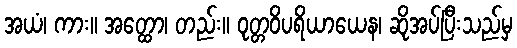
အယံ၊ ကား။ အတ္ထော၊ တည်း။ ဝုတ္တဝိပရိယာယေန၊ ဆိုအပ်ပြီးသည်မှ